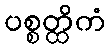
ပစ္စတ္ထိကံ